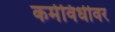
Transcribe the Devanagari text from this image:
कर्मविधीवर